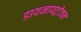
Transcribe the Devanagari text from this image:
डायनायट्रोजन